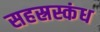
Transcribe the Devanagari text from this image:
सहस्रस्कंध